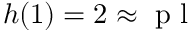
h ( 1 ) = 2 \approx \mathrm { ~ p ~ l ~ }